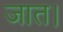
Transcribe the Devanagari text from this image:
जात।